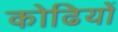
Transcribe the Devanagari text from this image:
कोढियों